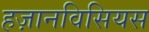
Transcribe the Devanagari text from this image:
हज़ानविसियस